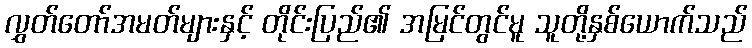
လွှတ်တော်အမတ်များနှင့် တိုင်းပြည်၏ အမြင်တွင်မူ သူတို့နှစ်ယောက်သည်